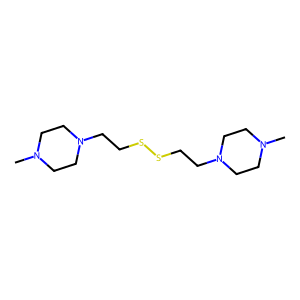
SMILES: CN1CCN(CCSSCCN2CCN(C)CC2)CC1
Inhibits HIV replication: No